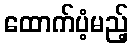
ထောက်ပံ့မည့်